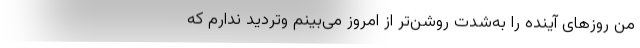
من روزهای آینده را به‌شدت روشن‌تر از امروز می‌بینم و‌تردید ندارم که